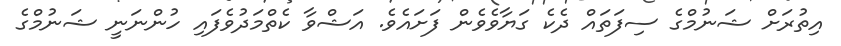
އިތުރަށް ޝަނުމްގެ ސިފަތައް ދެކެ ގަޔާވެވެން ފަށައެވެ. އަޝްވާ ކެތްމަދުވެފައި ހުންނަނީ ޝަނުމްގެ